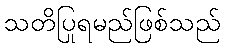
သတိပြုရမည်ဖြစ်သည်